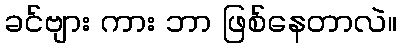
ခင်ဗျား ကား ဘာ ဖြစ်နေတာလဲ။